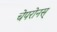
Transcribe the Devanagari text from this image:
चेपरोनस्